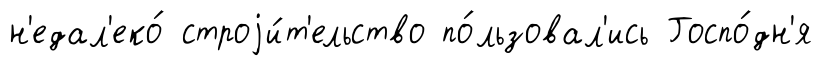
н'едал'еко́ строjи́т'ельство по́льзовал'ись Госпо́дн'я